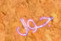
جوال